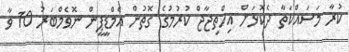
ކުރާ މަސައްކަތާ ދެކޮޅަށް އިހްތިޖާޖް ކުރުމުގެ ގޮތުން އެމްޑީޕީން ނޮވެމްބަރު 10 ވާ